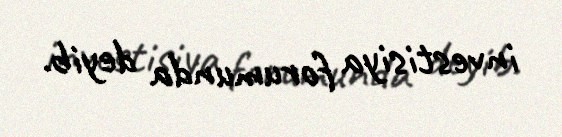
investisiya forumunda deyib.